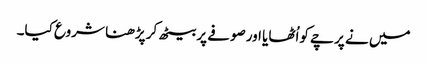
میں نے پرچے کواُٹھایا اورصوفے پربیٹھ کر پڑھنا شروع کیا۔